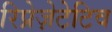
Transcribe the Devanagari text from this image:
रिप्रेज़ेटेटिव